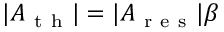
| A _ { \mathrm { ~ t ~ h ~ } } | = | A _ { \mathrm { ~ r ~ e ~ s ~ } } | \beta